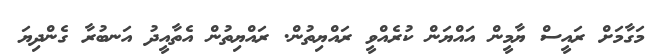
މަގާމަށް ރައީސް ޔާމީން އައްޔަން ކުރެއްވީ ރައްޔިތުން. ރައްޔިތުން އެތާއީދު އަނބުރާ ގެންދިޔަ